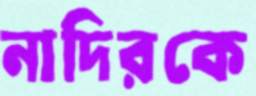
নাদিরকে